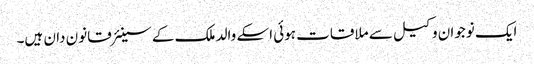
ایک نوجوان وکیل سے ملاقات ہوئی اسکے والد ملک کے سینئر قانون دان ہیں۔